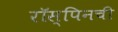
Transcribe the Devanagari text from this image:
रॉस्पिनची